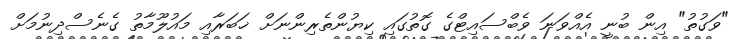
"ވަގުތު" އިން ބުނީ އެއްވަނަ ވެބްސައިޓްގެ ގޮތުގައި ކިޔުންތެރިންނަށް ޚަބަރާއި މައުލޫމާތު ގެނެސްދިނުމަށް